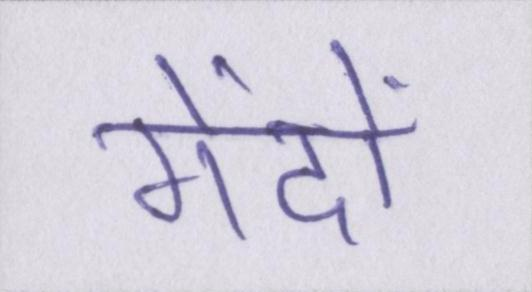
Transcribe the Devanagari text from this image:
गेंदों